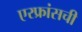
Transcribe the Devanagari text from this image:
एरफ्रांसची